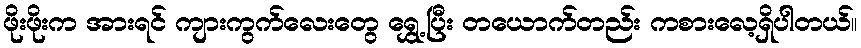
ဖိုးဖိုးက အားရင် ကျားကွက်လေးတွေ ရွှေ့ပြီး တယောက်တည်း ကစားလေ့ရှိပါတယ်။